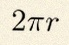
2\pi r